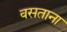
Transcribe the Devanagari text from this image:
वसताना